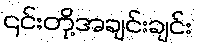
၎င်းတို့အချင်းချင်း